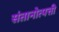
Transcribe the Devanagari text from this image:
संतानोत्पत्ती